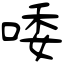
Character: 唩